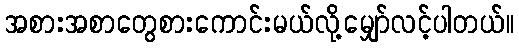
အစားအစာတွေစားကောင်းမယ်လို့မျှော်လင့်ပါတယ်။